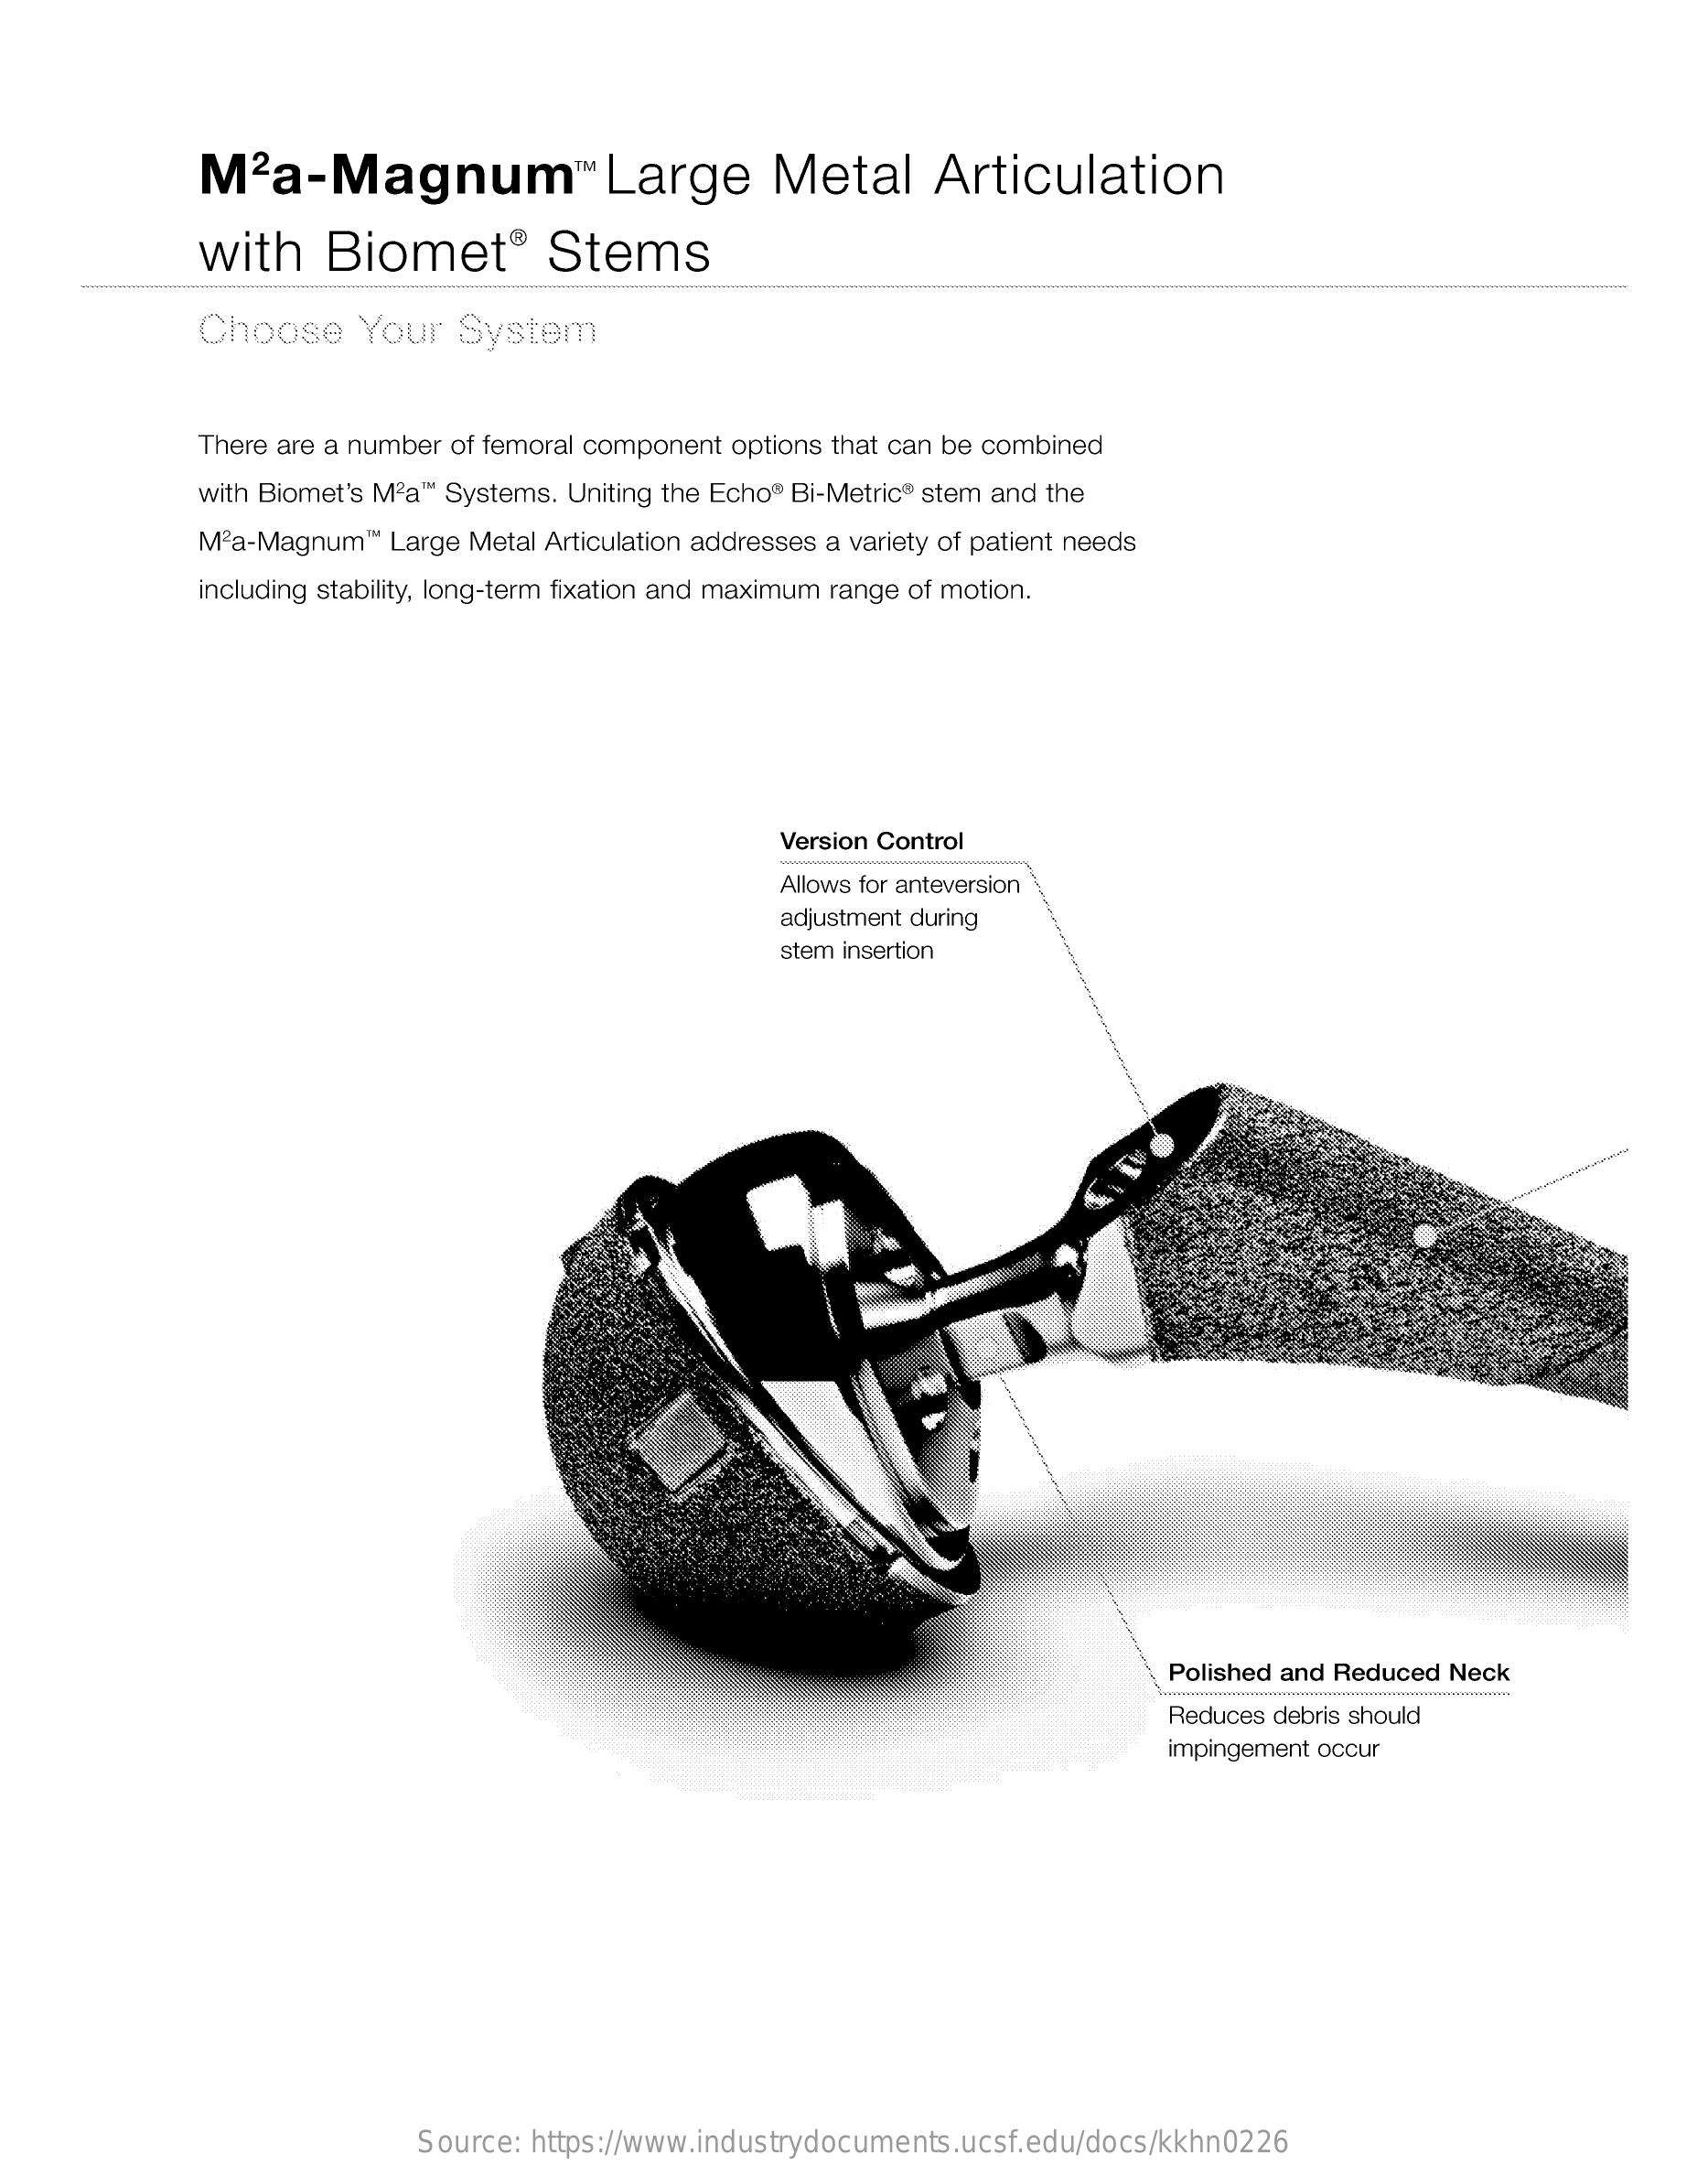
M2a-Magnum    ™ Large    Metal    Articulation
     with    Biomet®    Stems
     Choose    Your   System
     There are a number of femoral component options that can be combined
     with Biomet's M2a'" Systems. Uniting the Echo" Bi-Metric" stem and the
     M2a-Magnum ™ Large Metal Articulation addresses a variety of patient needs
     including stability, long-term fixation and maximum range of motion.
     Version Control
     Allows for anteversion
     adjustment during
     stem insertion
     Polished and Reduced Neck
     Reduces debris should
     impingement occur
     Source: https://www.industrydocuments.ucsf.edu/docs/kkhn0226